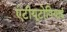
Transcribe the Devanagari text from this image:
एंटीयूटोपियाई